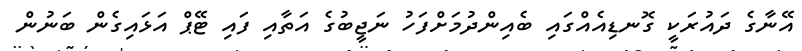
އޭނާގެ ދައުރަކީ ގޮނޑިއެއްގައި ބެއިންދުމަށްފަހު ނަޖީބުގެ އަތާއި ފައި ޓޭޕް އަޅައިގެން ބަނުން